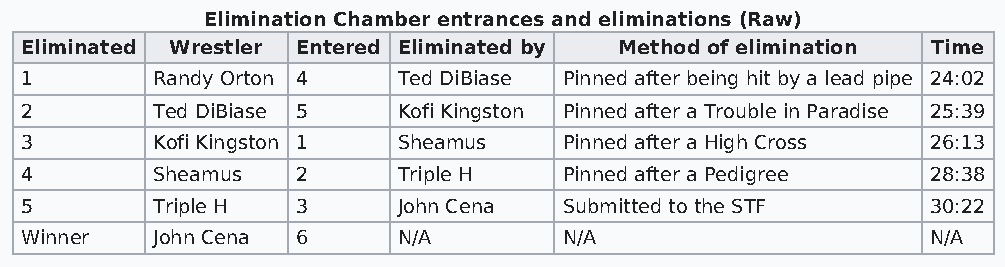
Elimination Chamber entrances and eliminations (Raw)
 Eliminated Wrestler Entered Eliminated by Method of elimination Time
 1        Randy Orton 4   Ted DiBiase Pinned after being hit by a lead pipe 24:02
 2        Ted DiBiase 5   Kofi Kingston Pinned after a Trouble in Paradise 25:39
 3        Kofi Kingston 1 Sheamus    Pinned after a High Cross 26:13
 4        Sheamus   2     Triple H   Pinned after a Pedigree 28:38
 5        Triple H  3     John Cena  Submitted to the STF    30:22
 Winner   John Cena 6     N/A        N/A                     N/A